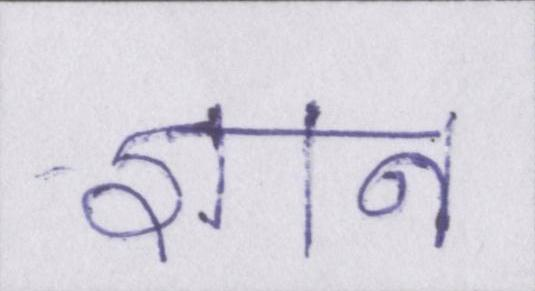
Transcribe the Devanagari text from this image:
ज्ञान